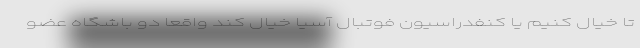
تا خیال کنیم یا کنفدراسیون فوتبال آسیا خیال کند واقعا دو باشگاه عضو